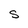
Character: s